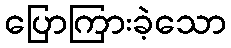
ပြောကြားခဲ့သော